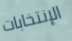
الإنتخابات